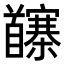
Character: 𩠵